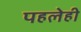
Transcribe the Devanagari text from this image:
पहलेही